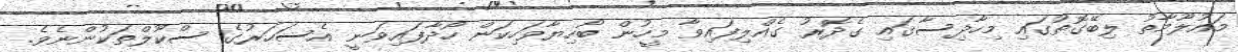
މައުލޫމާތު ލިބޭގޮތުގައި މިހާދިސާގައި ގެދޮރު ގެއްލިފައިވާ މީހުން ބޯހިޔާވަހިކަން ހޯދާފައިވަނީ އެސަހަރުގެ ސްކޫލްތަކުންނެވެ.